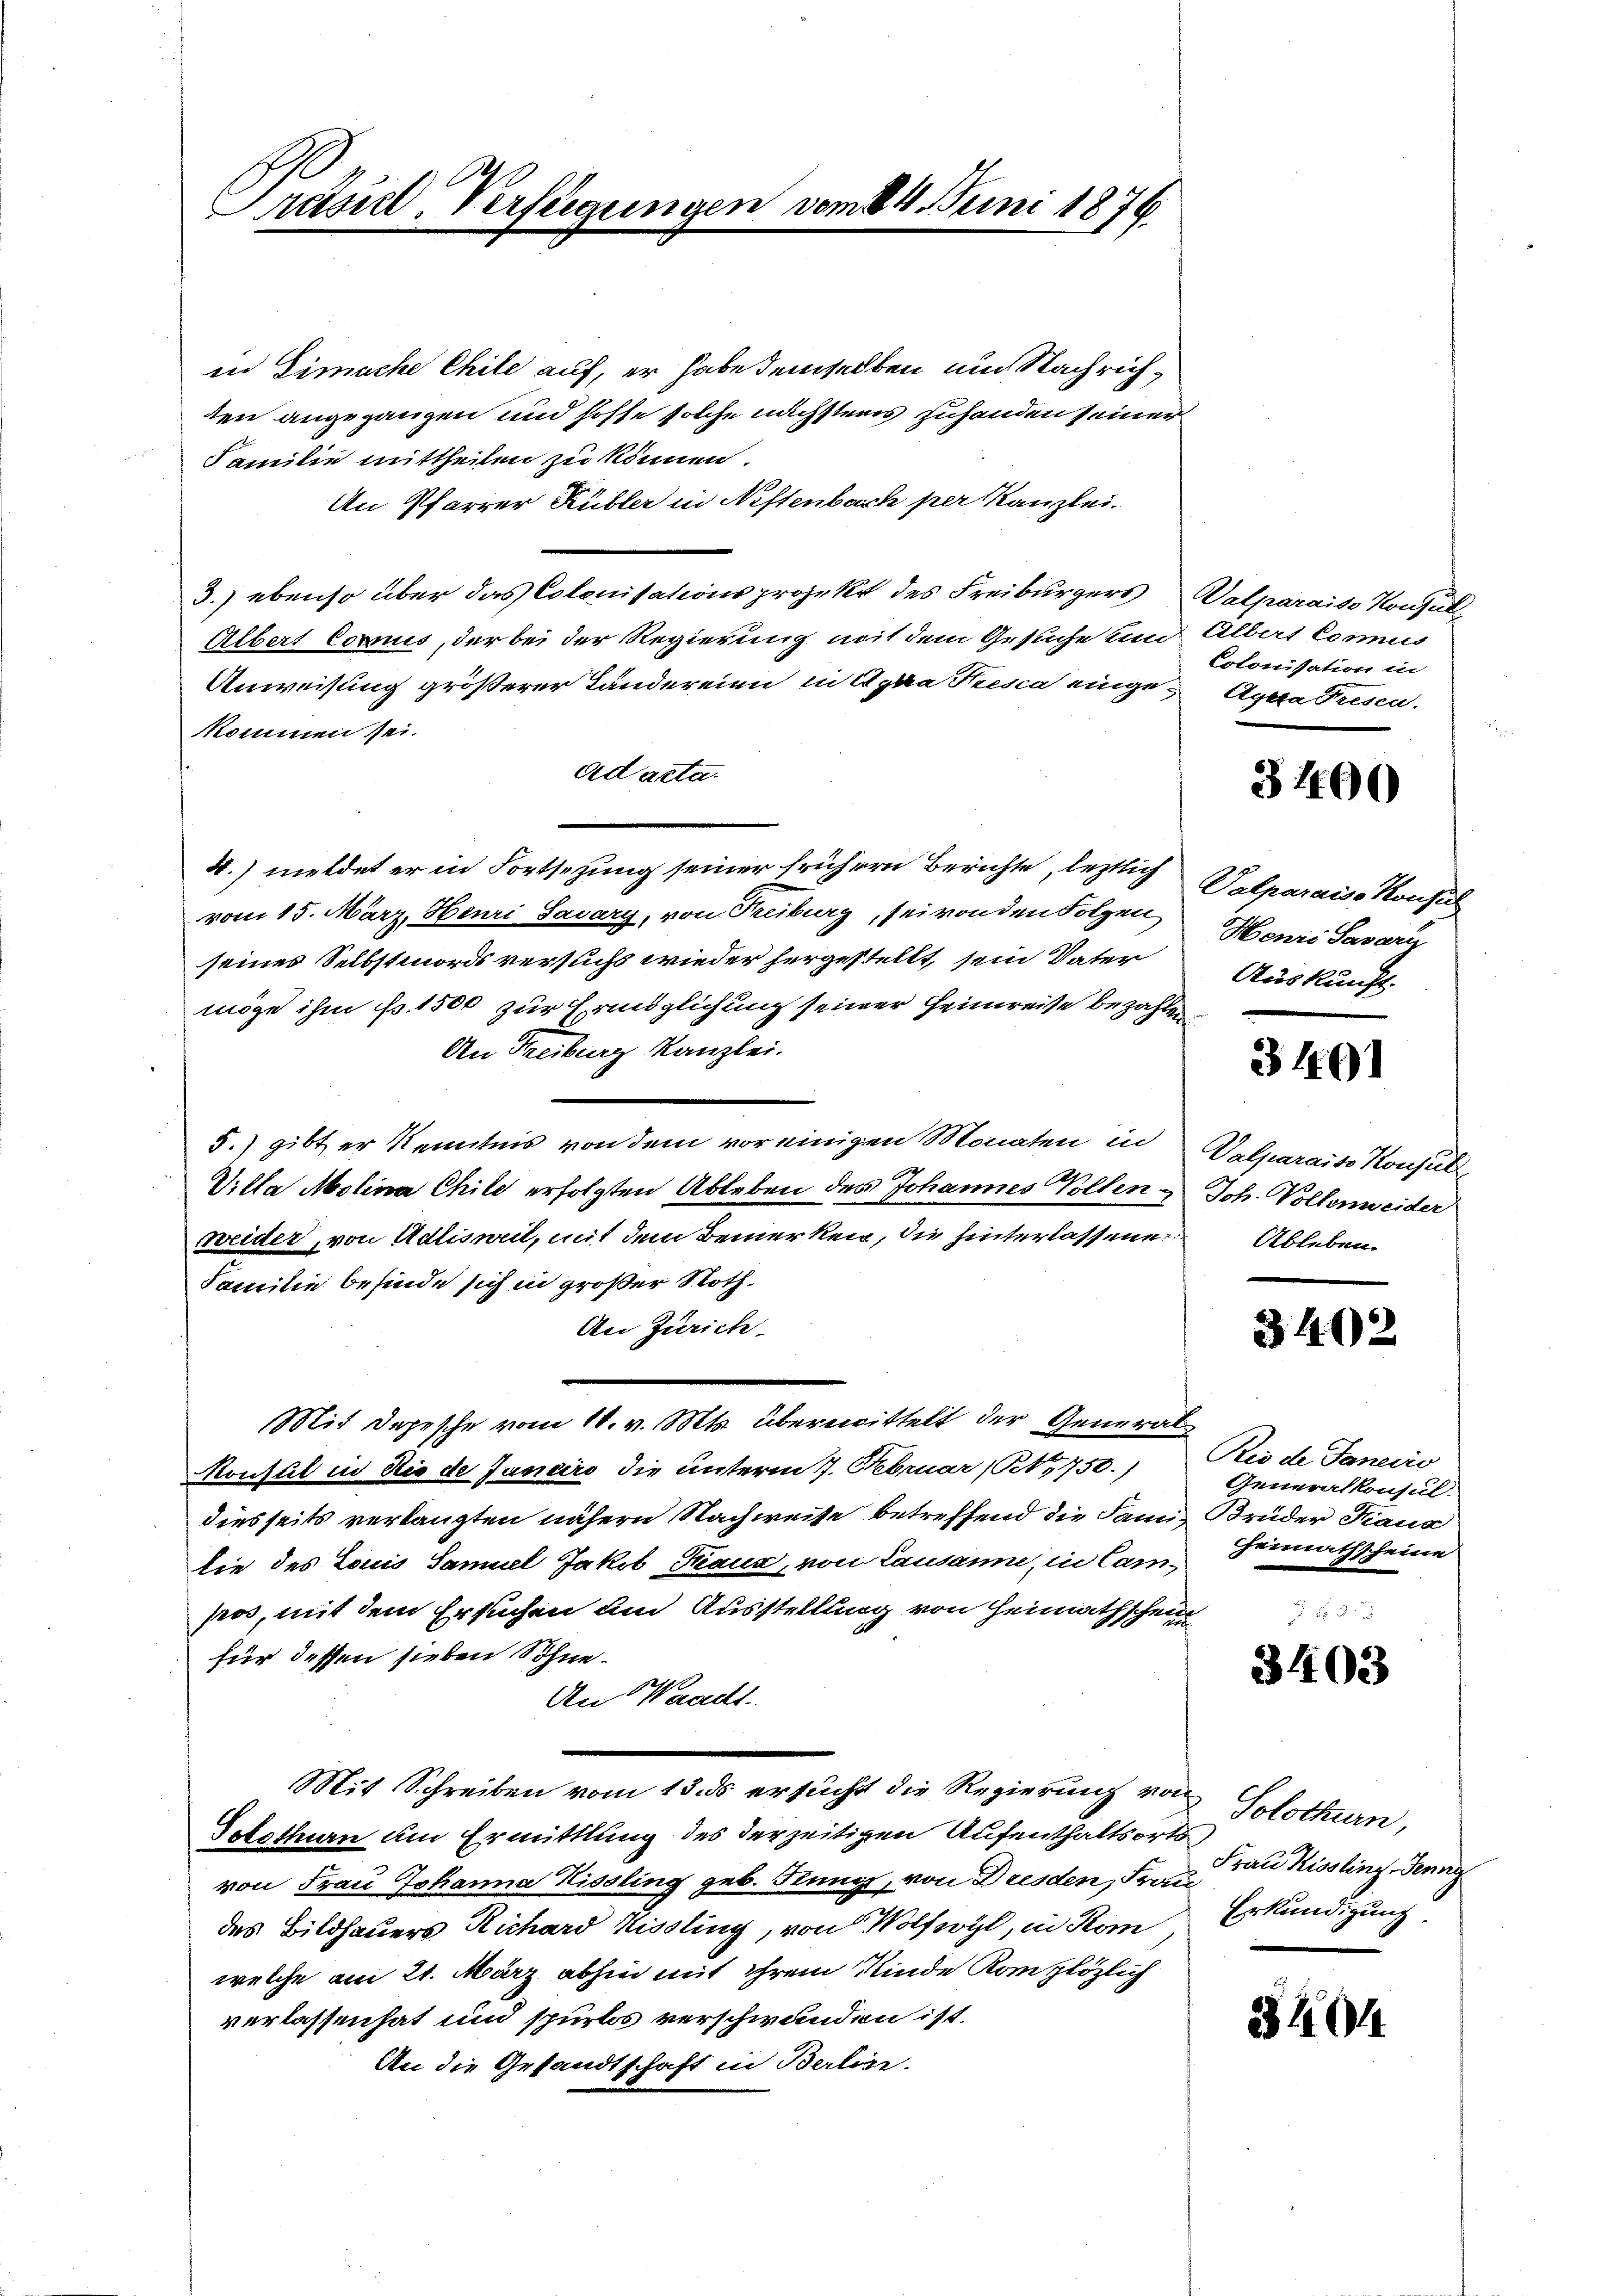
Prasil-Verfügungen vom 84. Juni 1876.

in Limache Chile auf, er habe demselben und Nachrichden angegangen und hoffe solche nächstens zuhanden seiner
Familie mittheilen zu können.
An Pfarrer Kübler in Nestenbach per Kanzlei.
3.) ebenso über das Colonisations projekt des Freiburgers
Albert Connus, der bei der Regierung mit dem Gesuche um
Anweisung größerer Tändereien in Agra Presia einge-Agea Fresen.
kommen sei.
ad acta.
4.) meldet er in Fortsezung seiner frühern Berichte, leztlich Valparais Konsuch
vom 15. März, Heuri Savary, von Treiburg, sei von den Folgen
seines Selbstmords versuchs wieder hergestellt, sein Vater
möge ihm fr. 1500 zur Eringlichung seiner Heimreise bezahlen
An Freiburg Kanzlei.
5.) gibt er Kenntnis von dem vor einigen Monaten in
Villa Molina Chile erfolgten Ableben des Johannes Vollen & Joh. Vollenweider
weider, von Adlisweil, mit dem Bemerken, die hinterlassene Ableben
Familie befinde sich in großer Noth¬
An Zürich
Mit Depesche vom 18. v. Mts. überwittelt der General¬
Monsul in die de Janeiro die unterm 7. Februar (N,750.)
diesseits verlangten nähern Nachweise betreffend die Janis Brüder Kaus
lie des Louis Samuel Jakob Traus, von Lausanne, in Cam-
pos, mit dem Ersuchen am Ausstellung von Heimathschein
für dessen sieben Söhne.
An Waadt.
Mit Schreiben vom 13. ds ersucht die Regierung von Solothurn,
Totsthen um Ermittlung des derzeitigen Aufenthaltsortsvon Frau Johanna Kissling geb. Stung, von Dresden, Frau rau Kissling, Fenne
des Bildhauers Richard Missling, von Wolfwyl, in Rom Erkundigung
welche am 21. März abhin mit ihrem Kinde Komplözlich
verlassen hat und spurlos verschwunden ist.
An die Gesandtschaft in Berline.

Valparais Konsul
Albert Comus
Colonisation in

3400

Henri Savari
Auskunft.

3101

Valparaiss Konsul

3402

Rio de Janeiro
Generalkonsul.
Heimathscheine

3403

3404